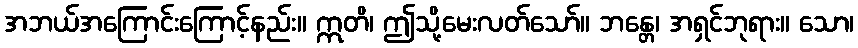
အဘယ်အကြောင်းကြောင့်နည်း။ ဣတိ၊ ဤသို့မေးလတ်သော်။ ဘန္တေ၊ အရှင်ဘုရား။ သော၊